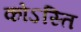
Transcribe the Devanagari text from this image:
कोऽस्ति